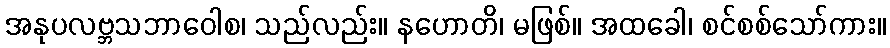
အနုပလဗ္ဘသဘာဝေါစ၊ သည်လည်း။ နဟောတိ၊ မဖြစ်။ အထခေါ၊ စင်စစ်သော်ကား။